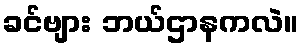
ခင်ဗျား ဘယ်ဌာနကလဲ။